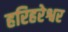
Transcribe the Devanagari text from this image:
हरिहरेश्वर